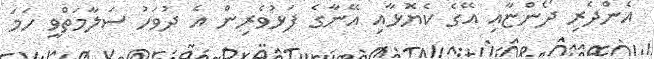
އެންދެރި ދޯންޏާއި އޭގެ ކެޔޮޅާއި އޭނާގެ ފަޅުވެރިން އެ ދުވަހު ސަލާމަތްވީ ހަމަ